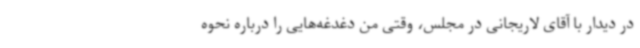
در دیدار با آقای لاریجانی در مجلس، وقتی من دغدغه‌هایی را درباره نحوه